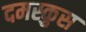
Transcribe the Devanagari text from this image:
दमस्कुस